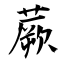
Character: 蕨